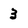
Character: 3